Report of the Municipal Commissioner on the plague in Bombay for the year ending 31st May... - Volume 1
Disease focus: Plague
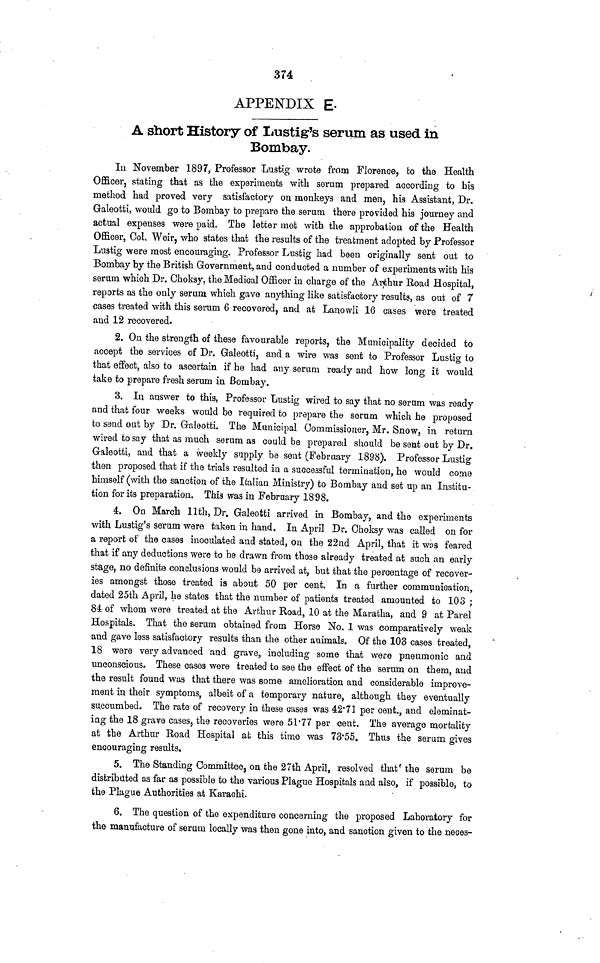
374
APPENDIX E-
A short History of Lustig's serum as used in
Bombay.
In November 1897, Professor Lustig wrote from Florence, fco the Health
Officer, stating that as the experiments with serum prepared according to his
method had proved very satisfactory on monkeys and men, his Assistant, Dr.
Galeotti, would go to Bombay to prepare the.serum there provided his journey and
actual expenses were paid. The letter met with the approbation of the Health
Officer, Oolv Weir, who states that the results of the treatment adopted by Professor
Lustig were most encouraging. Professor Lustig had been originally sent out to
Bombay by the British Government, and conducted a number of experiments with his
serum which Dr. Choksy, the Medical Officer in charge of the Arthur Road Hospital,
reports as the only serum which gave anything like satisfactory results, as out of 7
cases treated with this serum 6 recovered, and at Lanowli 16 cases were treated
and 12 recovered.
2. On the strength of these favourable reports, the Municipality decided to
accept the services of Dr. Galeotti, and a wire was sent to Professor Lustig to
that effect, also to ascertain if he had any serum ready and how long it would
take to prepare fresh serum in Bombay.
3. In answer to this, Professor Lustig wired to say that no serum was ready
and that four weeks would be required to prepare the serum which he proposed
to send out by Dr. Galeotti. The Municipal Commissioner, Mr. Snow, in return
wired to say that as much serum as could be prepared should be sent out by Dr.
Galeotti, and that a weekly supply be sent (February 1898). Professor Lustig
then proposed that if the trials resulted in a successful termination, he would come
himself (with the sanction of the Italian Ministry) to Bombay and set up an Institu-
tion for its preparation. This was in February 1898.
4. On March llth, Dr. Galeotti arrived in Bombay, and the experiments
with Lustig's serum were taken in hand. In April Dr. Ohoksy was called on for
a report of the cases inoculated and stated, on the 22nd April, that it wos feared
that if any deductions were to be drawn from those already treated at such an early
stage, no definite conclusions would be arrived at, but that the percentage of recover-
ies amongst those treated is about 50 per cent. In a further communication,
dated 25th April, he states that the number of patients treated amounted to 103 ;
84: of whom were treated at the Arthur Road, 10 at the Maratha, and 9 at Parel
Hospitals, That the serum obtained from Horse No. 1 was comparatively weak
and gave less satisfactory results than the other animals. Of the 103 cases treated,
18 were very advanced and grave, including some that were pneumonic and
unconscious. These cases were treated to see the effect of the serum on them, and
the result found was that there was some amelioration and considerable improve-
ment in their symptoms, albeit of a temporary nature, although they eventually
succumbed. The rate of recovery in these cases was 42*71 per cent., and eleminat-
ing the 18 grave cases, the recoveries were 51'77 per cent. The average mortality
at the Arthur Eoad Hospital at this time was 73'55. Thus the serum gives
encouraging results.
5. The Standing Committee, on the 27th April, resolved that' the serum be
distributed as far as possible to the various Plague Hospitals and also, if possible, to
the Plague Authorities at Karachi.
6. The question of the expenditure concerning the proposed Laboratory for
the manufacture of serum locally was then gone into, and sanction given to the neces-